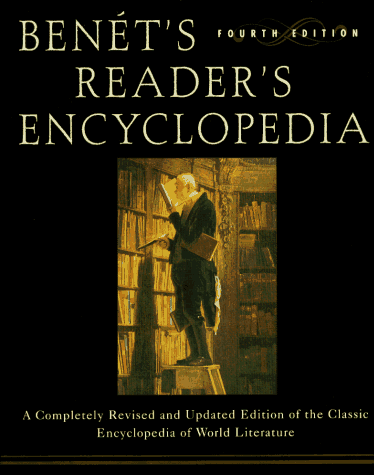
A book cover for Benet's Reader's Encyclopedia: Fourth Edition; Bruce Murphy; Reference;